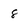
Character: 8